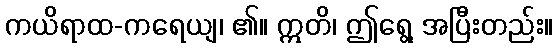
ကယိရာထ-ကရေယျ၊ ၏။ ဣတိ၊ ဤရွေ့ အပြီးတည်း။